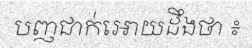
បញជាក់អោយដឹងថា ៖